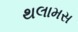
થલામસ